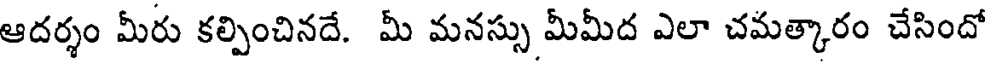
ఆదర్శం మీరు కల్పించినదే. మీ మనస్సు మీమీద ఎలా చమత్కారం చేసిందో